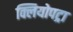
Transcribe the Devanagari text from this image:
क्लियोपट्रा